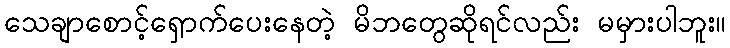
သေချာစောင့်ရှောက်ပေးနေတဲ့ မိဘတွေဆိုရင်လည်း မမှားပါဘူး။